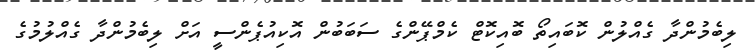
ލިބެމުންދާ ގެއްލުން ކޮބައިތޯ ބޮއިކޮޓް ކެމްޕޭންގެ ސަބަބުން އޮކިއުޕެންސީ އަށް ލިބެމުންދާ ގެއްލުމުގެ